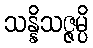
သန္နိသဇ္ဇမ္ပိ